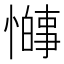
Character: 𫻋